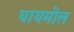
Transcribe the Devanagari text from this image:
थायमोल